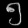
Digit: ၅